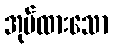
အုပ်ထားသော